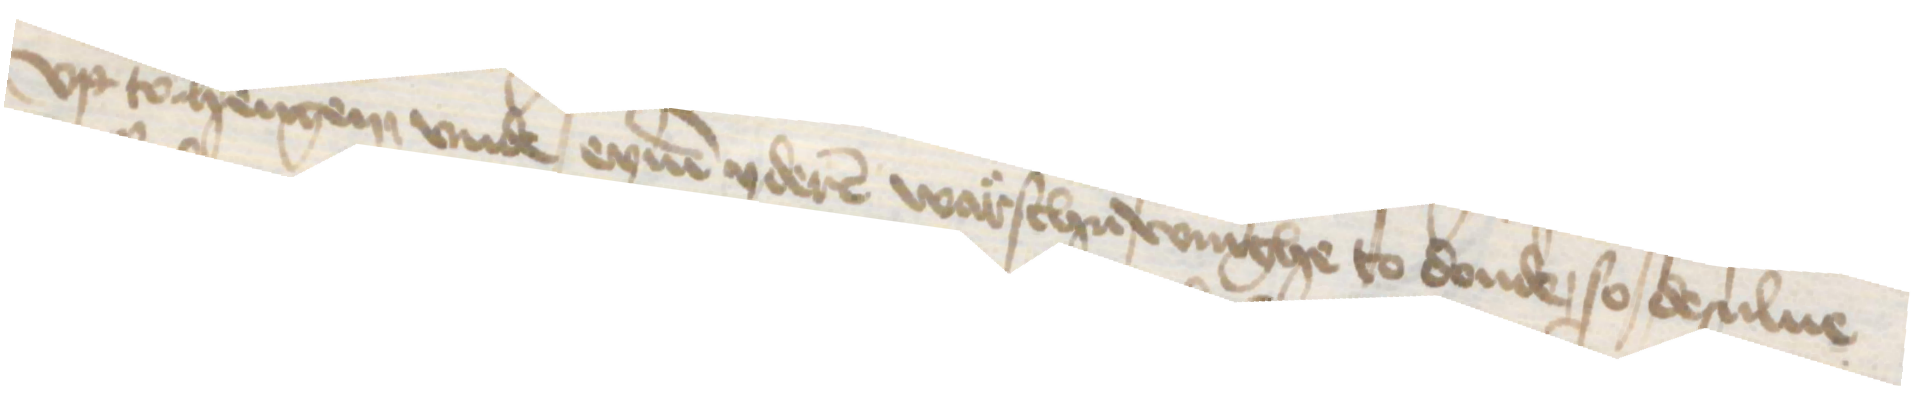
vp tohengen vnde eynen yderen warschuwinghe to donde, so desulue